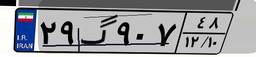
۱۱گ۶۹۰۷۵